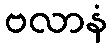
ဗလာနံ